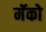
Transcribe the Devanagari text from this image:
मॅको